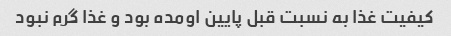
کیفیت غذا به نسبت قبل پایین اومده بود و غذا گرم نبود